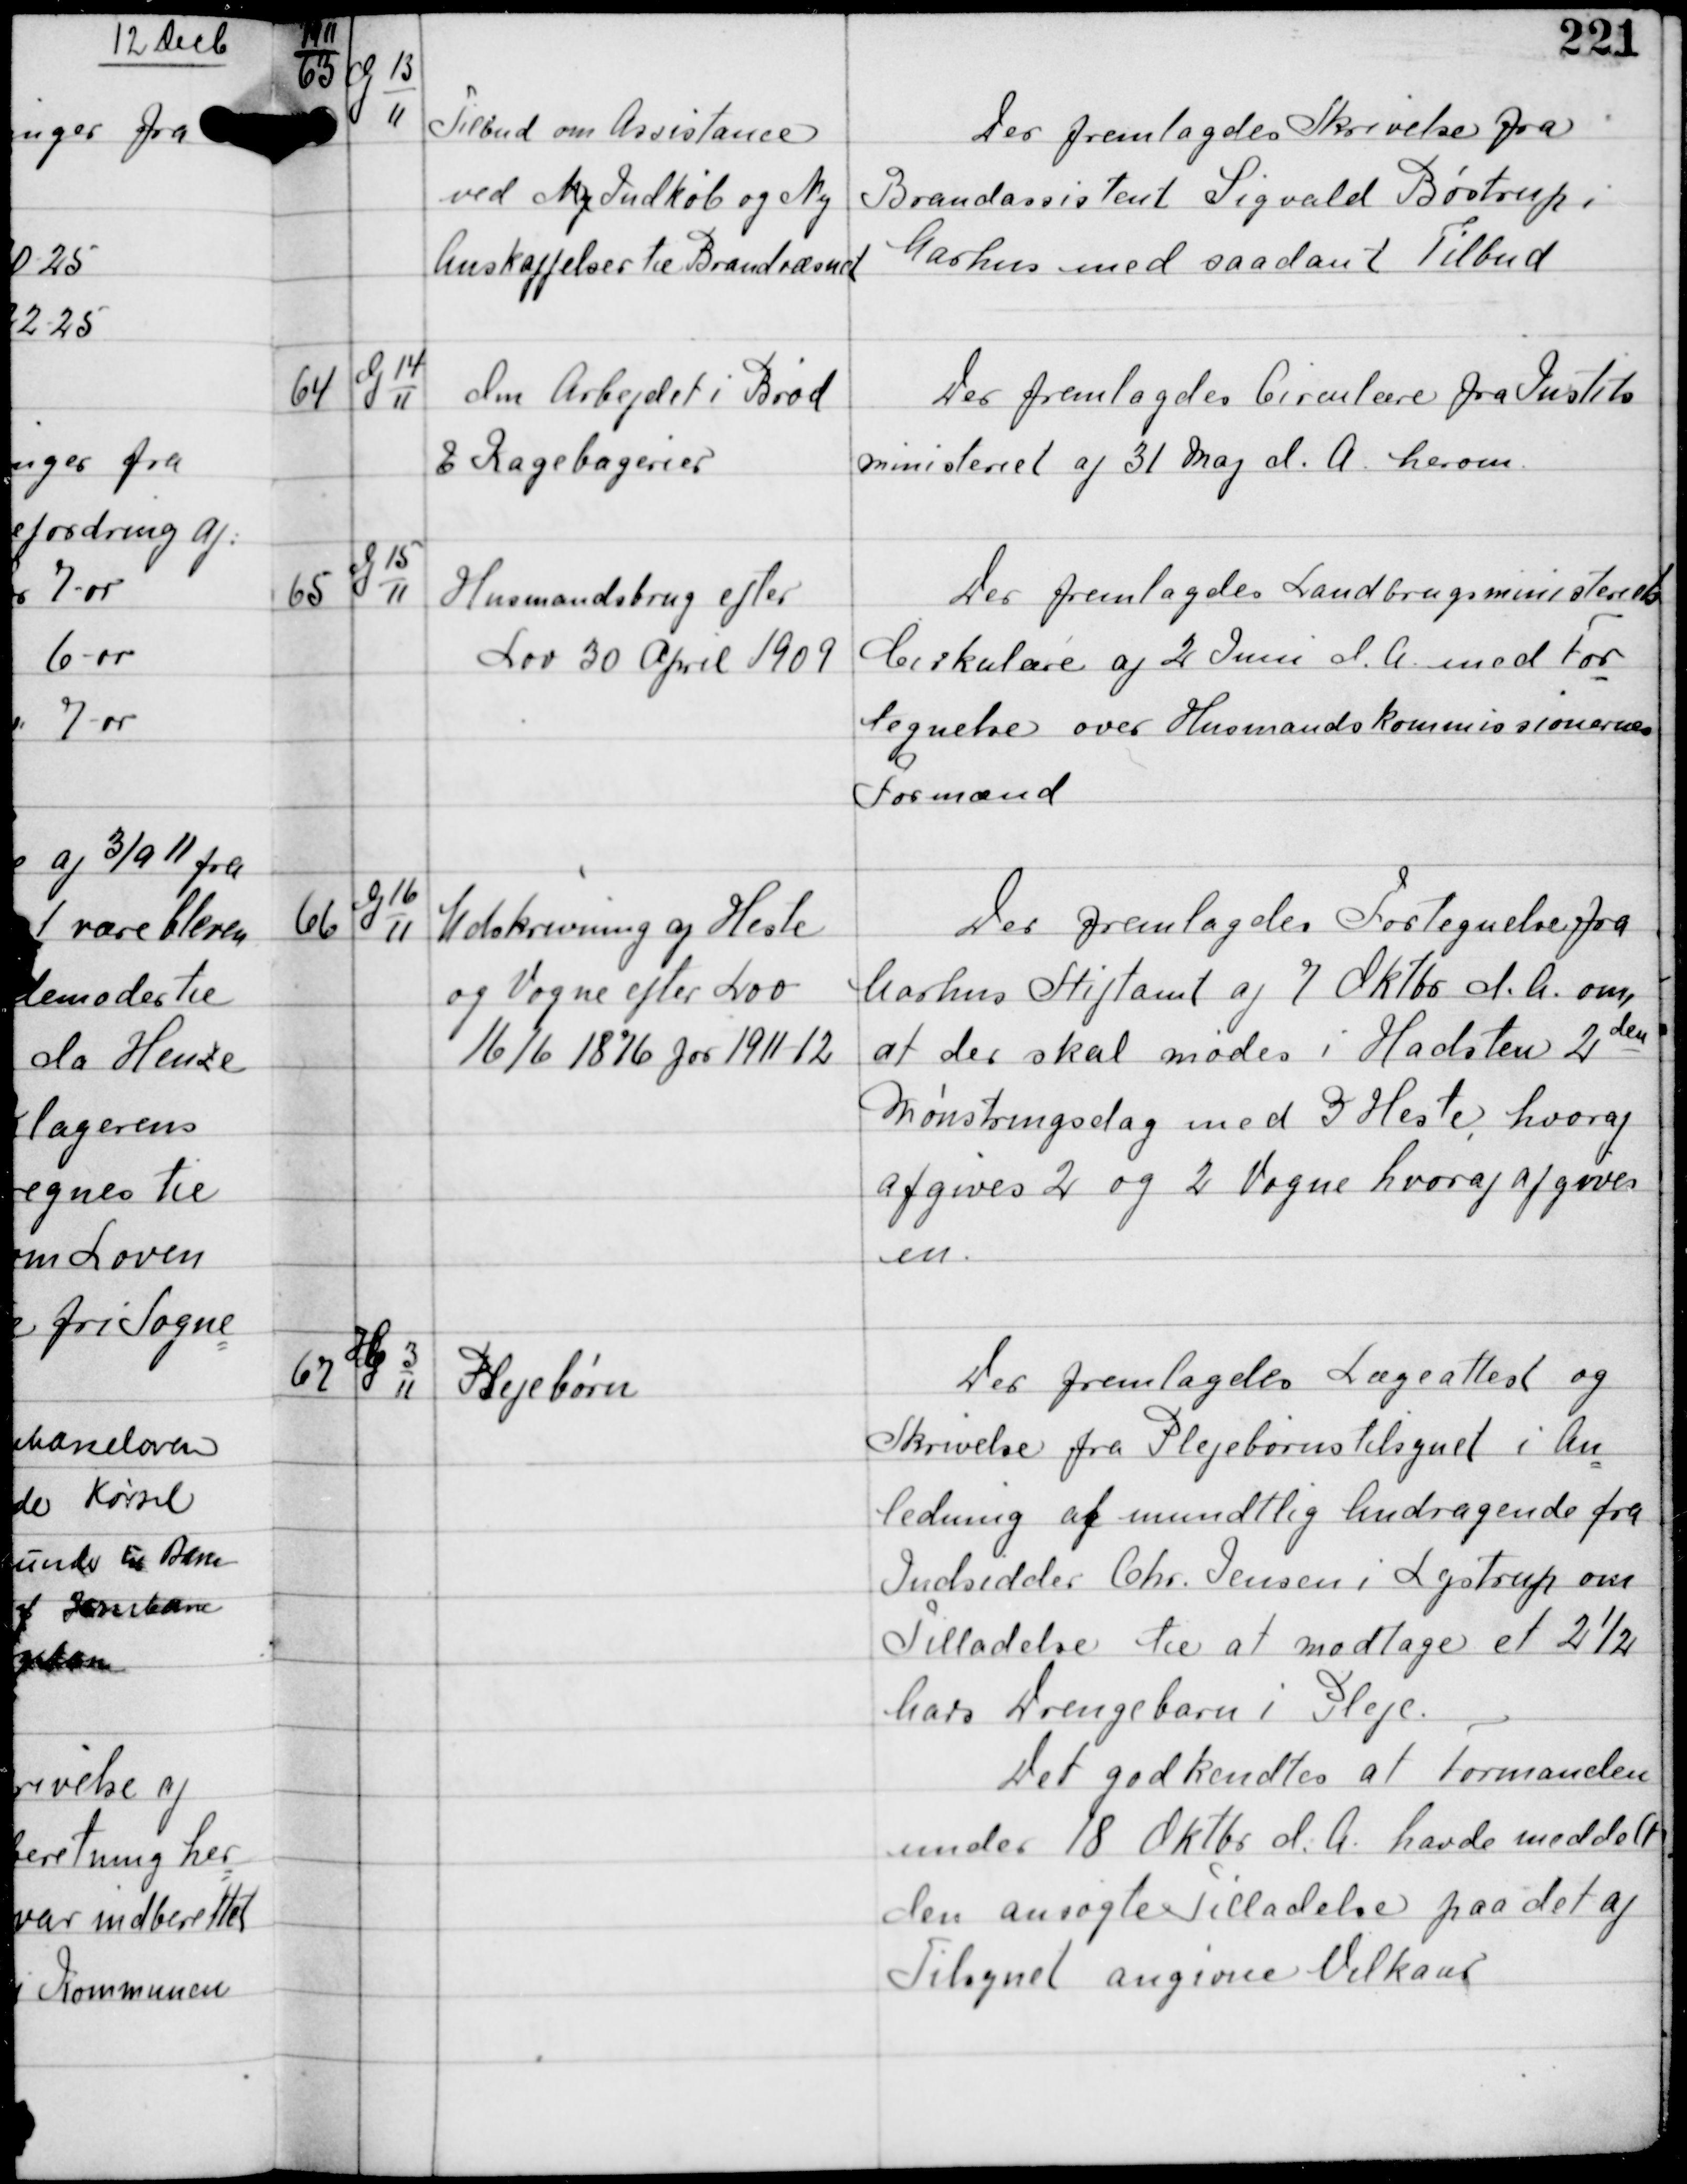
Transskription:
1911

63

G 13
11

Tilbud om Assistance
ved Ny Indkøb og Ny
Anskaffelser til Brandvæsnet

Der fremlagdes Skrivelse fra
Brandassistent Sigvald Bøstrup i
Aarhus med saadant Tilbud

64

G 14
11

Om Arbejdet i Brød
& Kagebagerier

Der fremlagdes Circulære fra Justits
ministeriet af 31 Maj d.A. herom.

65

G 15
11

Husmandsbrug efter
Lov 30 April 1909

Der fremlagdes Landbrugsministeriets
Cirkulære af 2 Juni d.A. med For
tegnelse over Husmandskommissionernes
Formænd

66

G 16
11

Udskrivning af Heste
og Vogne efter Lov
16/6 1876 for 1911 12

Der fremlagdes Fortegnelse fra
Aarhus Stiftamt af 7 Oktbr d.A. om,
at der skal mødes i Hadsten 2den
Mønstringsdag med 3 Heste hvoraf
afgives 2 og 2 Vogne hvoraf afgives
en.

67

G
3
11

Plejebørn

Der fremlagdes Lægeattest og
Skrivelse fra Plejebørnstilsynet i An
ledning af mundtlig Andragende fra
Indsidder Chr. Jensen i Lystrup om
Tilladelse til at modtage et 2½
Aars Drengebarn i Pleje.
Det godkendtes at Formanden
under 18. Oktbr d.A. havde meddelt
den ansøgte Tilladelse paa det af
Tilsynet angivne Vilkaar